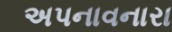
અપનાવનારા